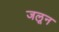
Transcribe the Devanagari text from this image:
जलून